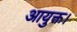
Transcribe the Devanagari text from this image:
आयुक्त।